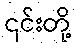
၎င်းတို့